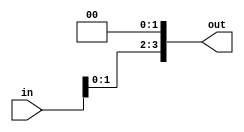
module shift_left_twice 
#(parameter WIDTH = 4 )


( input wire [WIDTH-1:0]in,
  output wire [WIDTH-1:0]out
 
);

assign out = in << 2 ;


endmodule